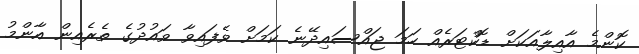
ކޮންމެ އާއިލާއަކަށް ޑޮކްޓަރެއް ހަމަ ޖައްސައިދޭނެ ކަމަށް ވެފައިވާ ވައުދުގެ ތެރެއިން އާންމު